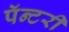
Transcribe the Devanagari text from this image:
पॅन्टरी